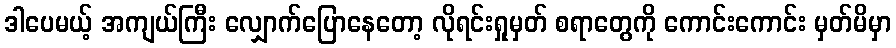
ဒါပေမယ့် အကျယ်ကြီး လျှောက်ပြောနေတော့ လိုရင်းရှုမှတ် စရာတွေကို ကောင်းကောင်း မှတ်မိမှာ